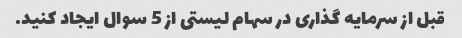
قبل از سرمایه گذاری در سهام لیستی از 5 سوال ایجاد کنید.